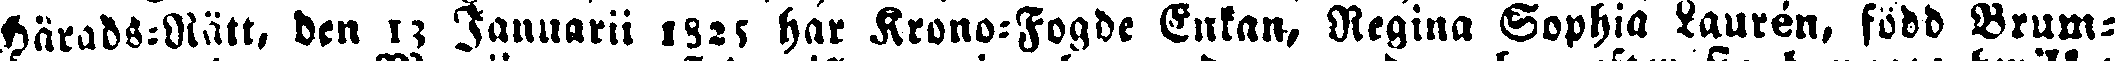
Härads-Rätt, den 13 Januarii 1825, har Krono-Fogde Enkan, Regina Sophia Laurén, född Brum-